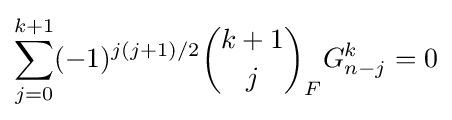
\sum _{j=0}^{k+1}(-1)^{j(j+1)/2}{\binom {k+1}{j}}_{F}G_{n-j}^{k}=0